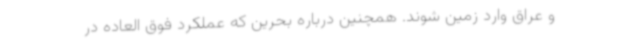
و عراق وارد زمین شوند. همچنین درباره بحرین که عملکرد فوق العاده در